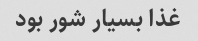
غذا بسیار شور بود